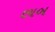
છાબ